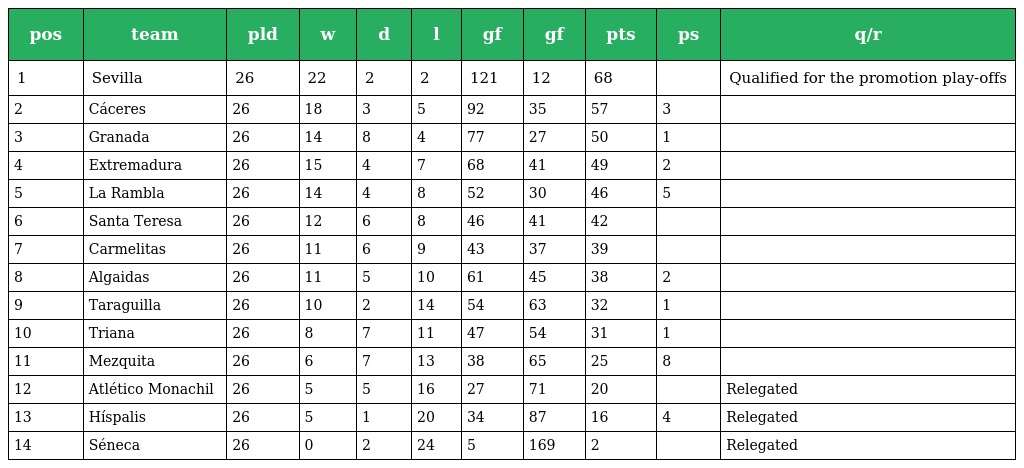
| pos | team | pld | w | d | l | gf | gf | pts | ps | q/r |
 | --- | --- | --- | --- | --- | --- | --- | --- | --- | --- | --- |
 | 1 | Sevilla | 26 | 22 | 2 | 2 | 121 | 12 | 68 |  | Qualified for the promotion play-offs |
 | 2 | Cáceres | 26 | 18 | 3 | 5 | 92 | 35 | 57 | 3 |  |
 | 3 | Granada | 26 | 14 | 8 | 4 | 77 | 27 | 50 | 1 |  |
 | 4 | Extremadura | 26 | 15 | 4 | 7 | 68 | 41 | 49 | 2 |  |
 | 5 | La Rambla | 26 | 14 | 4 | 8 | 52 | 30 | 46 | 5 |  |
 | 6 | Santa Teresa | 26 | 12 | 6 | 8 | 46 | 41 | 42 |  |  |
 | 7 | Carmelitas | 26 | 11 | 6 | 9 | 43 | 37 | 39 |  |  |
 | 8 | Algaidas | 26 | 11 | 5 | 10 | 61 | 45 | 38 | 2 |  |
 | 9 | Taraguilla | 26 | 10 | 2 | 14 | 54 | 63 | 32 | 1 |  |
 | 10 | Triana | 26 | 8 | 7 | 11 | 47 | 54 | 31 | 1 |  |
 | 11 | Mezquita | 26 | 6 | 7 | 13 | 38 | 65 | 25 | 8 |  |
 | 12 | Atlético Monachil | 26 | 5 | 5 | 16 | 27 | 71 | 20 |  | Relegated |
 | 13 | Híspalis | 26 | 5 | 1 | 20 | 34 | 87 | 16 | 4 | Relegated |
 | 14 | Séneca | 26 | 0 | 2 | 24 | 5 | 169 | 2 |  | Relegated |